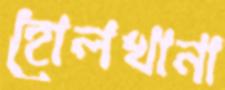
হোলখানা